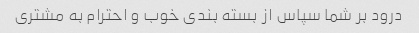
درود بر شما سپاس از بسته بندی خوب و احترام به مشتری